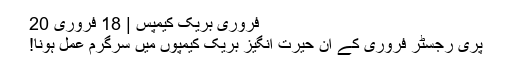
فروری بریک کیمپس | 18 فروری 20
پری رجسٹر فروری کے ان حیرت انگیز بریک کیمپوں میں سرگرم عمل ہونا!